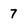
Character: 7